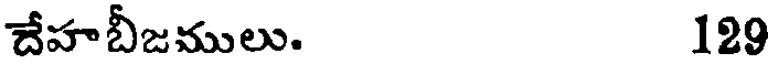
దేహబీజములు. 129